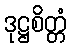
ဒုဋ္ဌစိတ္တံ